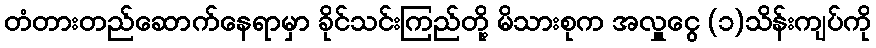
တံတားတည်ဆောက်နေရာမှာ ခိုင်သင်းကြည်တို့ မိသားစုက အလှူငွေ (၁)သိန်းကျပ်ကို